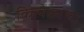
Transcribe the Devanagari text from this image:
कित्येकाला